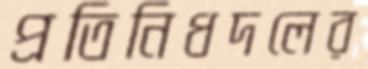
প্রতিনিধদলের